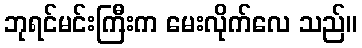
ဘုရင်မင်းကြီးက မေးလိုက်လေ သည်။